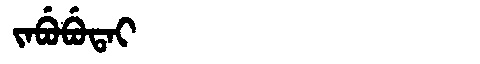
Manchu: ᠵᠠᠪᡠᠪᡠᡨᠠᡳ
Romanization: JABUBUTAI